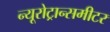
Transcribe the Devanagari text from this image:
न्यूरोट्रान्समीटर